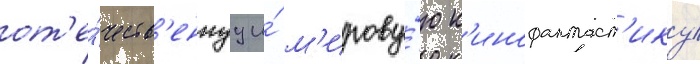
от'е́честв'еннуу и́ м'ирову́ю к'инофантаст'ику